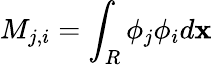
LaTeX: M_{j,i}=\int_{R}\phi_{j}\phi_{i}d\mathbf x